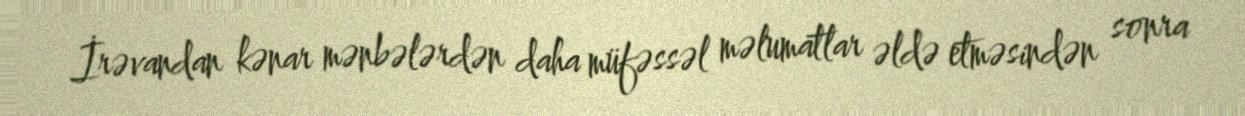
İrəvandan kənar mənbələrdən daha müfəssəl məlumatlar əldə etməsindən sonra